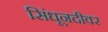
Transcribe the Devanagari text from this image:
सिंधूनदीवर